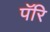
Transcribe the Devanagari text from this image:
पॅरि